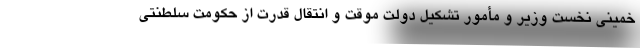
خمینی نخست وزیر و مأمور تشکیل دولت موقت و انتقال قدرت از حکومت سلطنتی